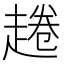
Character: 𧼚